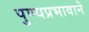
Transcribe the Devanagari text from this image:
पुण्यप्रभावाने